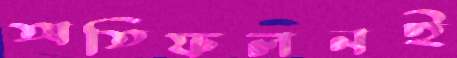
অতিফলনই